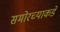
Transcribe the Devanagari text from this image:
समोरच्याकडे